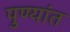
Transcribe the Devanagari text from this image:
पुण्यांत